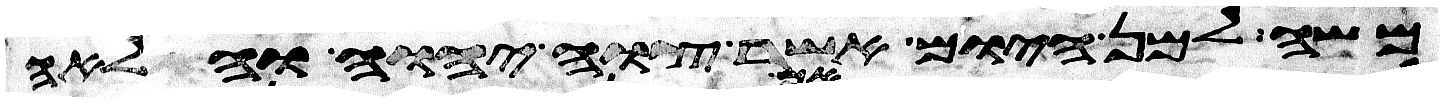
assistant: משה למן היום אשר צוה יהוה והלאה